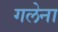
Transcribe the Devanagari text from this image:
गलेना